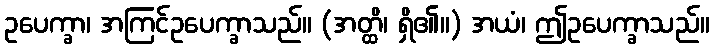
ဥပေက္ခာ၊ အကြင်ဥပေက္ခာသည်။ (အတ္ထိ၊ ရှိ၏။) အယံ၊ ဤဥပေက္ခာသည်။